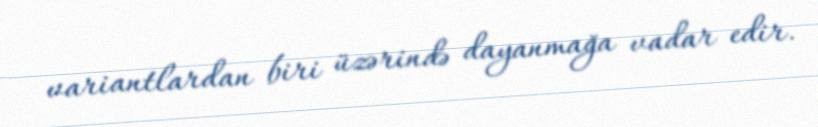
variantlardan biri üzərində dayanmağa vadar edir.